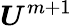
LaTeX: \boldsymbol U^{m+1}